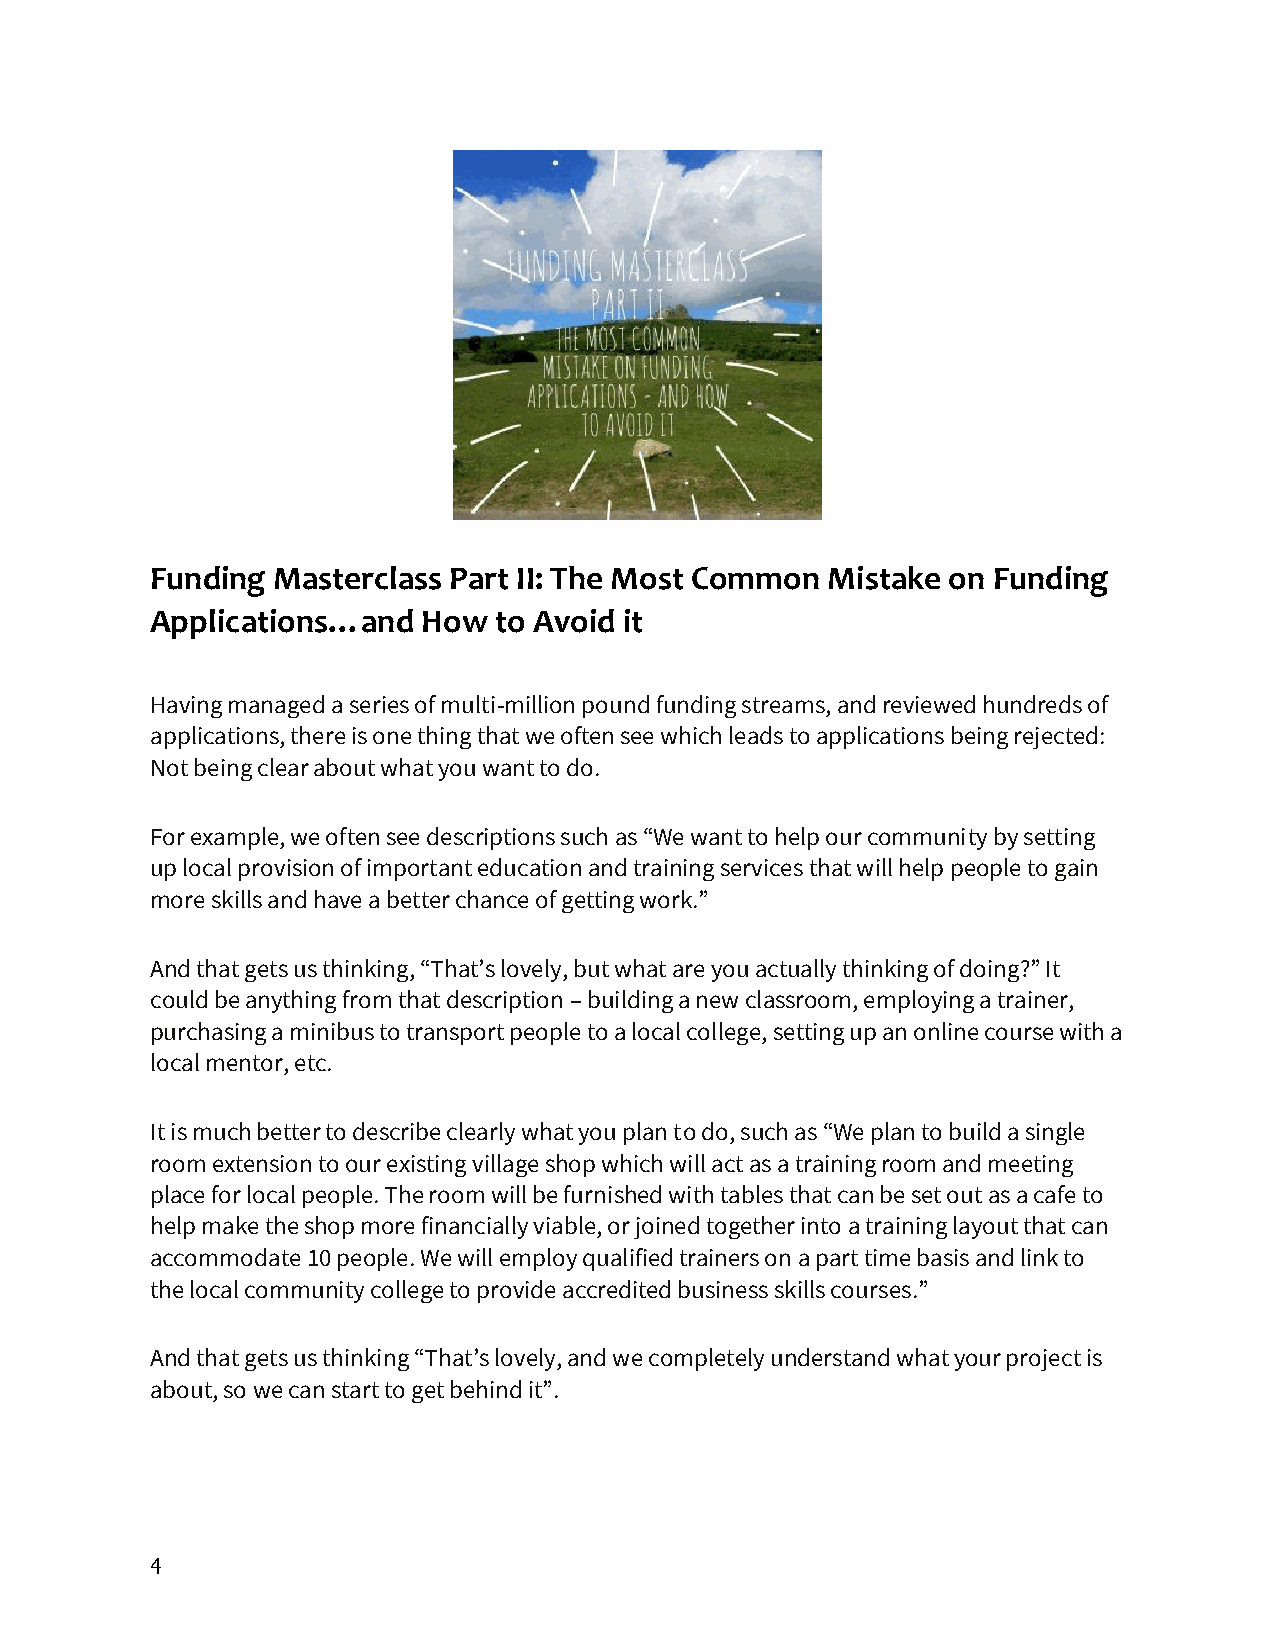
Funding Masterclass Part II: The Most Common Mistake on Funding
 Applications…and  How  to Avoid it
 Having managed a series of multi-million pound funding streams, and reviewed hundreds of
 applications, there is one thing that we often see which leads to applications being rejected:
 Not being clear about what you want to do.
 For example, we often see descriptions such as “We want to help our community by setting
 up local provision of important education and training services that will help people to gain
 more skills and have a better chance of getting work.”
 And that gets us thinking, “That’s lovely, but what are you actually thinking of doing?” It
 could be anything from that description – building a new classroom, employing a trainer,
 purchasing a minibus to transport people to a local college, setting up an online course with a
 local mentor, etc.
 It is much better to describe clearly what you plan to do, such as “We plan to build a single
 room extension to our existing village shop which will act as a training room and meeting
 place for local people. The room will be furnished with tables that can be set out as a cafe to
 help make the shop more financially viable, or joined together into a training layout that can
 accommodate 10 people. We will employ qualified trainers on a part time basis and link to
 the local community college to provide accredited business skills courses.”
 And that gets us thinking “That’s lovely, and we completely understand what your project is
 about, so we can start to get behind it”.
 4